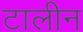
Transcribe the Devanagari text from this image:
टालीन